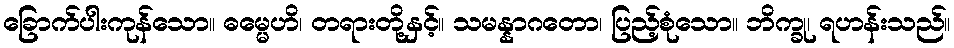
ခြောက်ပါးကုန်သော။ ဓမ္မေဟိ၊ တရားတို့နှင့်။ သမန္နာဂတော၊ ပြည့်စုံသော။ ဘိက္ခု၊ ရဟန်းသည်။